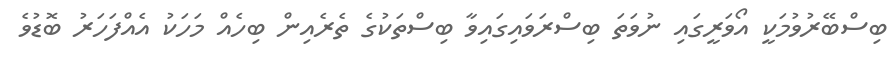
ބިސްބޭރުވުމަކީ އޯވަރީގައި ނުވަތަ ބިސްރަވައިގައިވާ ބިސްތަކުގެ ތެރެއިން ބިހެއް މަހަކު އެއްފަހަރު ބޮޑުވެ